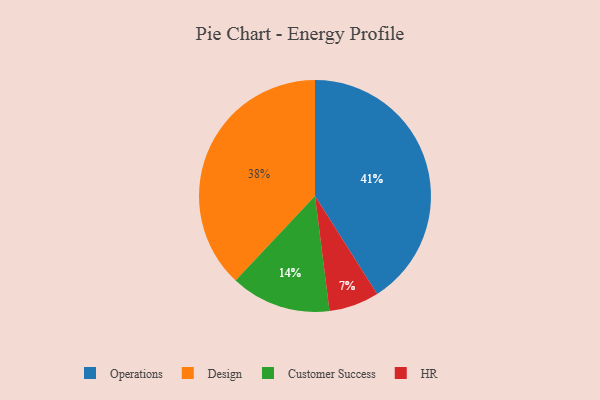
{"axis": {"x": "Category", "y": "Percentage"}, "legend": ["Customer Success", "Design", "HR", "Operations"], "data": [{"x": "Operations", "y": 41, "type": "Operations"}, {"x": "Design", "y": 38, "type": "Design"}, {"x": "HR", "y": 7, "type": "HR"}, {"x": "Customer Success", "y": 14, "type": "Customer Success"}]}